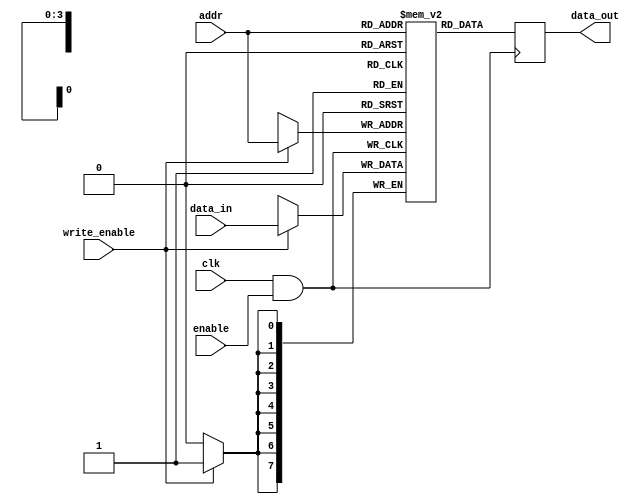
module memory_block (
    input wire clk,            // Main clock input
    input wire enable,         // Enable signal for clock gating
    input wire [7:0] data_in,  // Data input for the memory block
    output reg [7:0] data_out,  // Data output from the memory block
    input wire write_enable,    // Write enable signal
    input wire [3:0] addr       // Address input for the memory block
);
    // Memory array declaration (for example, 16 x 8-bit memory)
    reg [7:0] memory [0:15];

    // Clock gating logic
    wire gated_clk;
    assign gated_clk = clk & enable; // AND gate for clock gating

    // Memory operation
    always @(posedge gated_clk) begin
        if (write_enable) begin
            memory[addr] <= data_in; // Write data to memory
        end
        data_out <= memory[addr];     // Read data from memory
    end
endmodule